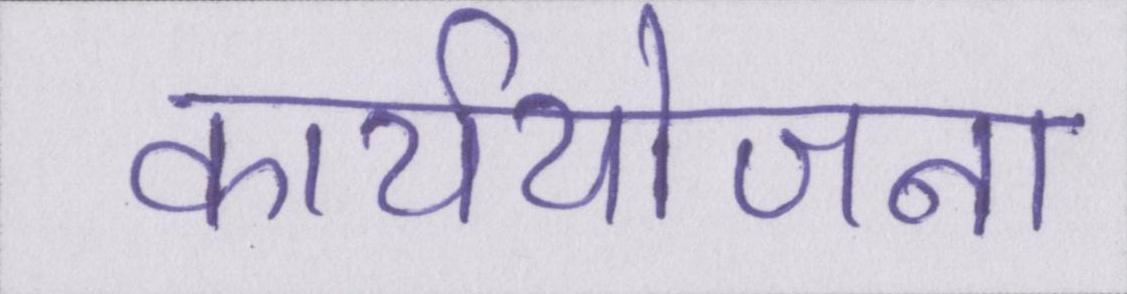
कार्ययोजना